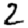
Digit: 2